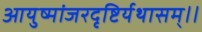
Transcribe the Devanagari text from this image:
आयुष्मांजरदृष्टिर्यथासम्।।